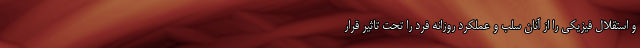
و استقلال فیزیکی را از آنان سلب و عملکرد روزانه فرد را تحت تاثیر قرار